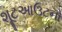
શૂટઆઉટનો